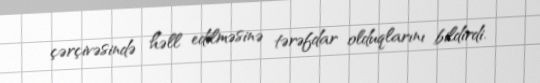
çərçivəsində həll edilməsinə tərəfdar olduqlarını bildirdi.